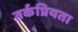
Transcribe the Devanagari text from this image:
तर्कप्रियता